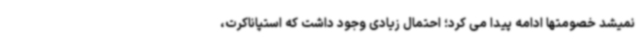
نمیشد خصومتها ادامه پیدا می کرد؛ احتمال زیادی وجود داشت که استپاناکرت،